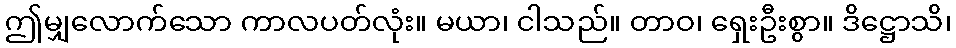
ဤမျှလောက်သော ကာလပတ်လုံး။ မယာ၊ ငါသည်။ တာဝ၊ ရှေးဦးစွာ။ ဒိဋ္ဌောသိ၊